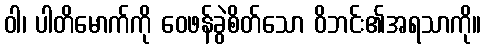
ဝါ၊ ပါတိမောက်ကို ဝေဖန်ခွဲစိတ်သော ဝိဘင်း၏အရသာကို။